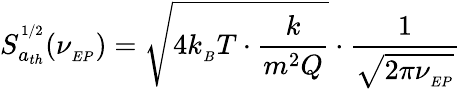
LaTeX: S_{a_{th}}^{^{1/2}}(\nu_{_{EP}})=\sqrt{4k_{_B}T\cdot\frac{k}{m^{2}Q}}\cdot\frac{1}{\sqrt{2\pi\nu_{_{EP}}}}